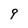
Character: 9